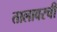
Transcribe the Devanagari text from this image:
तालावरची